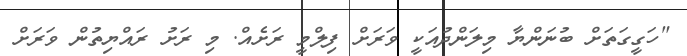
"ހަގީގަތަށް ބުނަންޔާ މިލަންދުއަކީ ވަރަށް ފިލްމީ ރަށެއް. މި ރަށު ރައްޔިތުން ވަރަށް